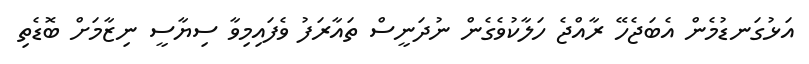
އަޅުގަނޑުމެން އެބަޖެހޭ ރާއްޖެ ހަލާކުވެގެން ނުދަނީސް ތައާރަފު ވެފައިމިވާ ސިޔާސީ ނިޒާމަށް ބޮޑެތި